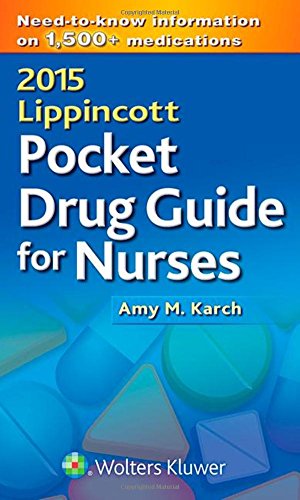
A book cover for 2015 Lippincott Pocket Drug Guide for Nurses; Amy M. Karch RN  MS; Medical Books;